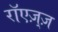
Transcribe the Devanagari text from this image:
रॉएज़्ज़